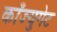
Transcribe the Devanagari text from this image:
काँज्युगेट